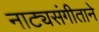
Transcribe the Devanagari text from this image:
नाट्यसंगीताने